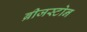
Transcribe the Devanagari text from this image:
ब्रीजस्टोन